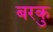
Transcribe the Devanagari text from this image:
बरकु